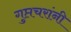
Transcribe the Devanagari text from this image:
गुप्तचरांनी